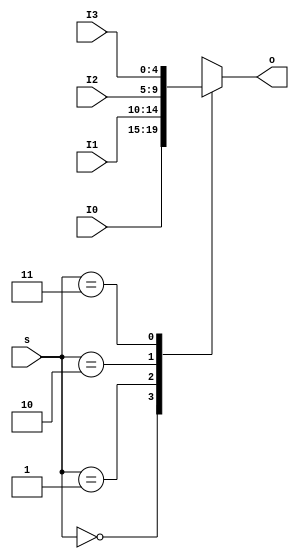
`timescale 1ns / 1ps
//////////////////////////////////////////////////////////////////////////////////
// Company: 
// Engineer: 
// 
// Design Name: 
// Module Name:    MUX4T1_5 
// Project Name: 
// Target Devices: 
// Tool versions: 
// Description: 
//
// Dependencies: 
//
// Revision: 
// Revision 0.01 - File Created
// Additional Comments: 
//
//////////////////////////////////////////////////////////////////////////////////
module   MUX4T1_5(input [1:0]s,
						 input [4:0]I0,
						 input [4:0]I1,
						 input [4:0]I2,
						 input [4:0]I3,						
						 output reg[4:0]o
						 );

		always @ *//54,I0I1I2I30123
			case(s)
				2'd0: o <= I0;
				2'd1: o <= I1;
				2'd2: o <= I2;
				2'd3: o <= I3;
			endcase	
endmodule